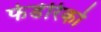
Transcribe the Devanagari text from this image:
फेडेरिको